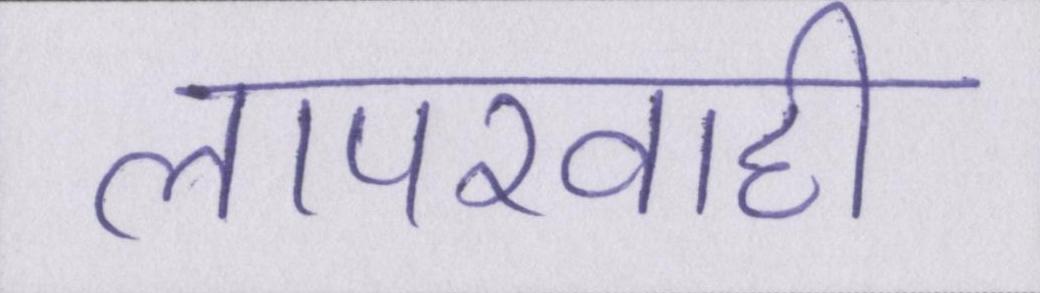
लापरवाही